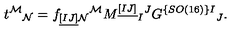
t ^ { \mathcal M } { } _ { \mathcal N } = f _ { \underline { { [ I J ] } } \mathcal { N } } { } ^ { \mathcal { M } } M ^ { \underline { { [ I J ] } } } { } _ { I } { } ^ { J } G ^ { \{ S O ( 1 6 ) \} I } { } _ { J } .